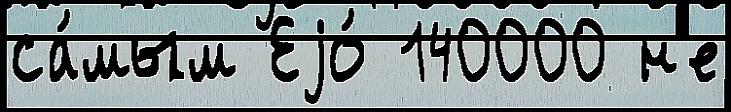
са́мым Еjо́ 140000 н'е